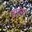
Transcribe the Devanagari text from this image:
लांग्मैन